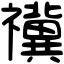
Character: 𥜥